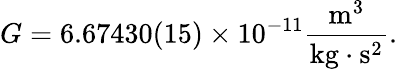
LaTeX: G=6.67430(15)\times 10^{-11}\frac{{\mathrm m}^{3}}{\mathrm{kg}\cdot{\mathrm s}^{2}}.